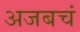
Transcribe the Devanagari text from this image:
अजबचं